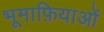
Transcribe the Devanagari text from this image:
भूमाफ़ियाओं